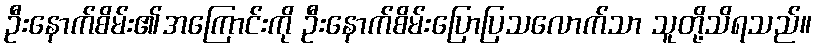
ဦးနောက်စိမ်း၏အကြောင်းကို ဦးနောက်စိမ်းပြောပြသလောက်သာ သူတို့သိရသည်။